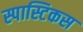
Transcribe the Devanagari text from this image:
स्पास्टिकस